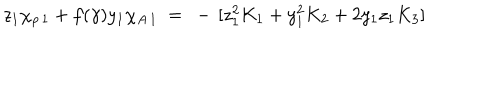
LaTeX: z _ { 1 } \chi _ { \rho \, 1 } + f ( \gamma ) y _ { 1 } \chi _ { A \, 1 } ~ = ~ - \, [ z _ { 1 } ^ { 2 } K _ { 1 } + y _ { 1 } ^ { 2 } K _ { 2 } + 2 y _ { 1 } z _ { 1 } K _ { 3 } ]